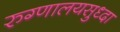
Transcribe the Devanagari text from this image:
रुग्णालयसुध्दा